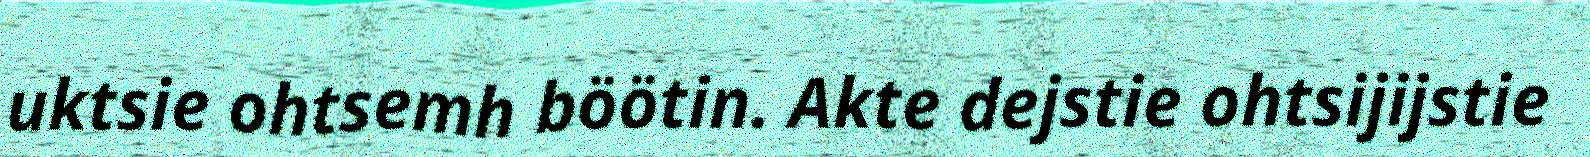
uktsie ohtsemh böötin. Akte dejstie ohtsijijstie